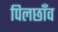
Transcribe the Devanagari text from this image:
पिलछाँव